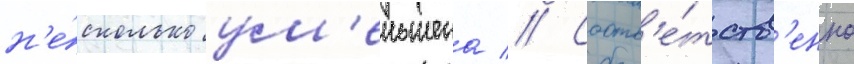
н'е́сколько ум'еньшена // Соотв'е́тств'енно